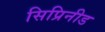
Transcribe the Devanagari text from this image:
सिप्रिनीड